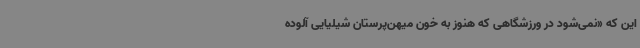
این که «نمی‌شود در ورزشگاهی که هنوز به خون میهن‌پرستان شیلیایی آلوده